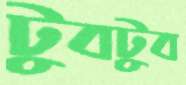
টুবটুব